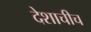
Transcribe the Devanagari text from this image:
देशाचीच